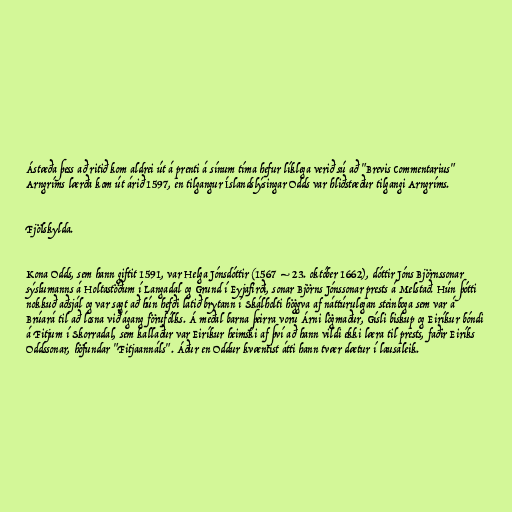
Ástæða þess að ritið kom aldrei út á prenti á sínum tíma hefur líklega verið sú að "Brevis Commentarius"
Arngríms lærða kom út árið 1597, en tilgangur Íslandslýsingar Odds var hliðstæður tilgangi Arngríms.

Fjölskylda.

Kona Odds, sem hann giftit 1591, var Helga Jónsdóttir (1567 – 23. október 1662), dóttir Jóns Björnssonar
sýslumanns á Holtastöðum í Langadal og Grund í Eyjafirði, sonar Björns Jónssonar prests á Melstað. Hún þótti
nokkuð aðsjál og var sagt að hún hefði látið brytann í Skálholti höggva af náttúrulegan steinboga sem var á
Brúará til að losna við ágang förufólks. Á meðal barna þeirra voru Árni lögmaður, Gísli biskup og Eiríkur bóndi
á Fitjum í Skorradal, sem kallaður var Eiríkur heimski af því að hann vildi ekki læra til prests, faðir Eiríks
Oddssonar, höfundar "Fitjaannáls". Áður en Oddur kvæntist átti hann tvær dætur í lausaleik.